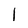
Character: 1